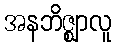
အနဘိဇ္ဈာလူ